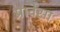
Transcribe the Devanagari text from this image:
प्रावेंसा